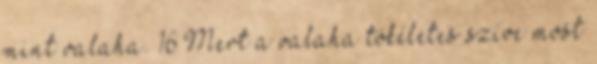
mint valaha. 16 Mert a valaha tökéletes szíve most